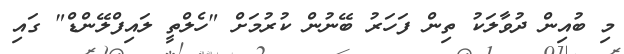
މި ބުއިން ދުވާލަކު ތިން ފަހަރު ބޭނުން ކުރުމަށް "ހެލްތީ ލައިފްލޭންޑް" ގައި